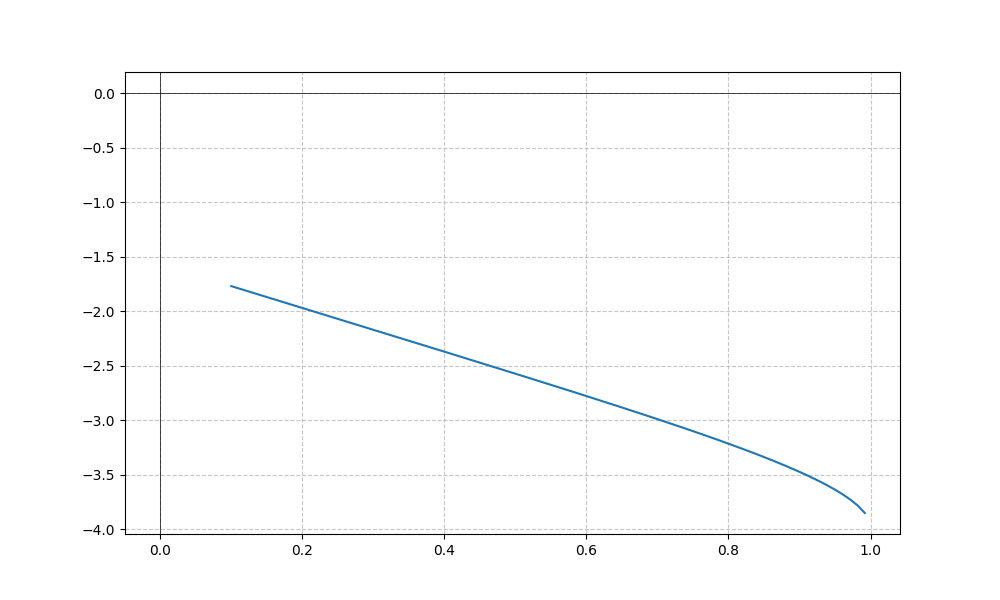
LaTeX formula: - \sin{\left(x \right)} - \operatorname{acos}{\left(- x \right)}